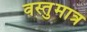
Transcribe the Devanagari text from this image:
वस्तुमात्र